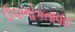
ઉપભોકતાવાદ